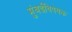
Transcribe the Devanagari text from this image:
मुंबईविषयक